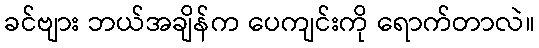
ခင်ဗျား ဘယ်အချိန်က ပေကျင်းကို ရောက်တာလဲ။